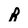
Character: A